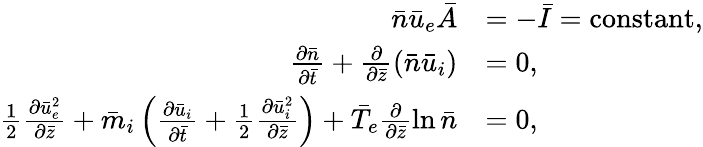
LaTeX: \begin{array}{rl}{\bar{n}\bar{u}_{e}\bar{A}}&{=-\bar{I}=\mathrm{constant},}\\ {\frac{\partial\bar{n}}{\partial\bar{t}}+\frac{\partial}{\partial\bar{z}}(\bar{n}\bar{u}_{i})}&{=0,}\\ {\frac{1}{2}\frac{\partial\bar{u}_{e}^{2}}{\partial\bar{z}}+\bar{m}_{i}\left(\frac{\partial\bar{u}_{i}}{\partial\bar{t}}+\frac{1}{2}\frac{\partial\bar{u}_{i}^{2}}{\partial\bar{z}}\right)+\bar{T}_{e}\frac{\partial}{\partial\bar{z}}\ln\bar{n}}&{=0,}\end{array}